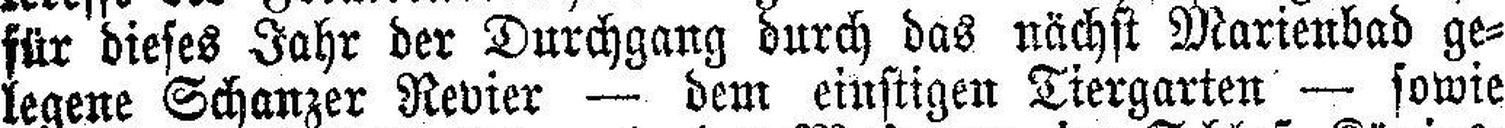
für dieses Jahr der Durchgang durch das nächst Marienbad ge¬